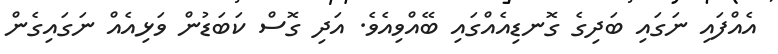
އެއްފައި ނަގައި ބަދިގެ ގޮނޑިއެއްގައި ބޭއްވިއެވެ. އަދި ގޮސް ކަބަޑުން ވަޅިއެއް ނަގައިގެން